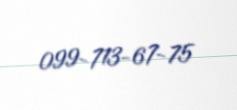
099-713-67-75